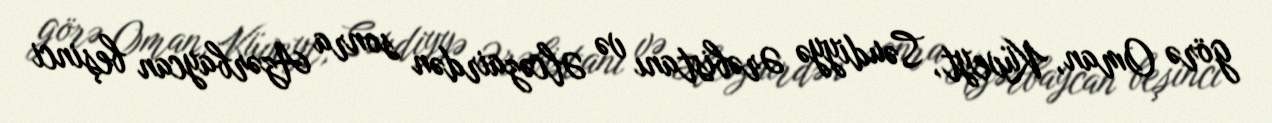
görə Oman, Küveyt, Səudiyyə Ərəbistanı və Əlcəzairdən sonra Azərbaycan beşinci